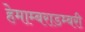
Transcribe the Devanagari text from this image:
हेमाम्बराडम्बरी